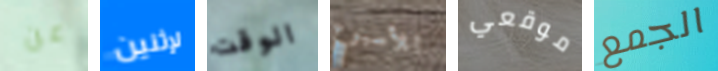
عن لإثنين الوقت للأسبوع موقعي الجمع